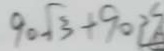
9 0 \sqrt { 3 } + 9 0